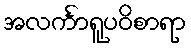
အလင်္ကာရူပဝိစာရာ